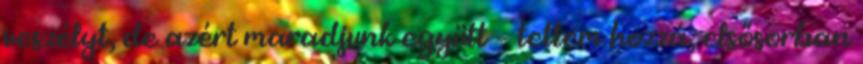
veszélyt, de azért maradjunk együtt – tettem hozzá, elsősorban